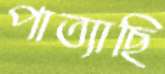
পাত্যাছি